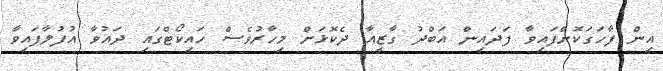
އިން ފާހަގަކޮށްފައިވާ ފަދައިން އަބްދު ގާޒީއާ ދެކޮޅަށް މިހާރުވެސް ހައިކޯޓްގައި ދައުވާ އުފުލާފައިވާ